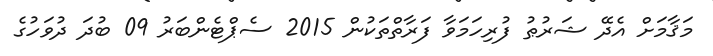
މަޤާމަށް އެދޭ ޝަރުޠު ފުރިހަމަވާ ފަރާތްތަކުން 2015 ސެޕްޓެންބަރު 09 ބުދަ ދުވަހުގެ